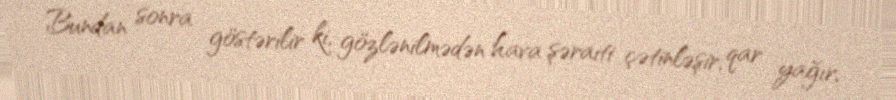
Bundan sonra göstərilir ki, gözlənilmədən hava şəraiti çətinləşir, qar yağır,